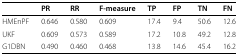
<table><thead><tr><td></td><td><b>PR</b></td><td><b>RR</b></td><td><b>F-measure</b></td><td><b>TP</b></td><td><b>FP</b></td><td><b>TN</b></td><td><b>FN</b></td></tr></thead><tbody><tr><td>HMEnPF</td><td>0.646</td><td>0.580</td><td>0.609</td><td>17.4</td><td>9.4</td><td>50.6</td><td>12.6</td></tr><tr><td>UKF</td><td>0.609</td><td>0.573</td><td>0.589</td><td>17.2</td><td>10.8</td><td>49.2</td><td>12.8</td></tr><tr><td>G1DBN</td><td>0.490</td><td>0.460</td><td>0.468</td><td>13.8</td><td>14.6</td><td>45.4</td><td>16.2</td></tr></tbody></table>